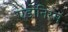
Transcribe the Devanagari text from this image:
एडोनिरम